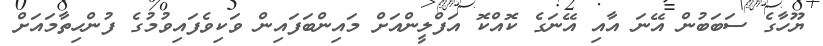
ޔޫހާގެ ސަބަބުން އޭނަ އާއި އޭނަގެ ކޮއްކޮ އަފްލީންއަށް މައިންބަފައިން ވަކިވެފައިވުމުގެ ފުންހިތާމައަށް